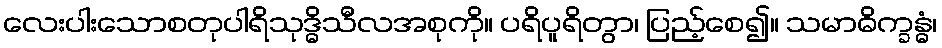
လေးပါးသောစတုပါရိသုဒ္ဓိသီလအစုကို။ ပရိပူရိတွာ၊ ပြည့်စေ၍။ သမာဓိက္ခန္ဓံ၊